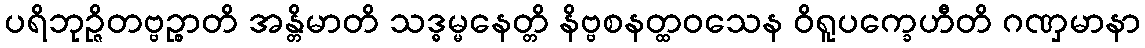
ပရိဘုဉ္ဇိတဗ္ဗဉ္စာတိ အန္တိမာတိ သဒ္ဓမ္မနေတ္တိ နိဗ္ဗစနတ္ထဝသေန ဝိရူပက္ခေဟီတိ ဂဏှမာနာ